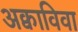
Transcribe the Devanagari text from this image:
अक्वाविवा